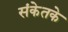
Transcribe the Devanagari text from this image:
संकेतके